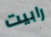
رابيت